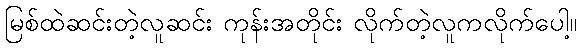
မြစ်ထဲဆင်းတဲ့လူဆင်း ကုန်းအတိုင်း လိုက်တဲ့လူကလိုက်ပေါ့။